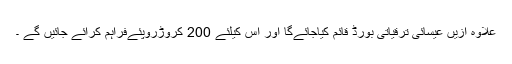
علاوہ ازیں عیسائی ترقیاتی بورڈ قائم کیاجائےگا اور اس کیلئے 200 کروڑروپئےفراہم کرائے جائیں گے ۔